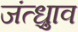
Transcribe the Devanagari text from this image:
जंत्ध्रुाव